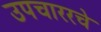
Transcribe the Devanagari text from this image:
उपचाररचे